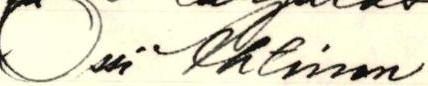
Ossi Ahtinen